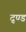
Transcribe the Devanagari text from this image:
द्ण्ड